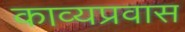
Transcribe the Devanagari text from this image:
काव्यप्रवास